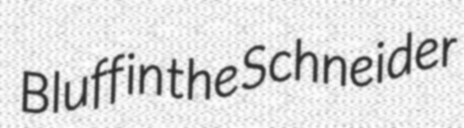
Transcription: Bluff in the Schneider